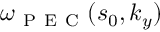
\omega _ { \mathrm { ~ P ~ E ~ C ~ } } ( s _ { 0 } , k _ { y } )